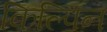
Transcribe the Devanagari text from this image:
किल्पिन